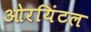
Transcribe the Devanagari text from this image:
ओरयिंटल